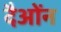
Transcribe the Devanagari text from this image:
दैओंन